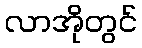
လာအိုတွင်